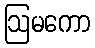
ဩမကော